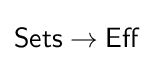
{\mathsf {Sets}}\to {\mathsf {Eff}}